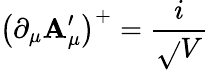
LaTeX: \left(\partial_{\mu}\mathbf{A}_{\mu}^{\prime}\right)^{+}=\frac{{i}}{{\sqrt{}{{V}}}}